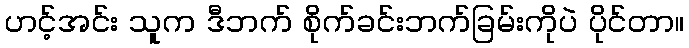
ဟင့်အင်း သူက ဒီဘက် စိုက်ခင်းဘက်ခြမ်းကိုပဲ ပိုင်တာ။